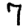
Digit: 7